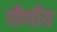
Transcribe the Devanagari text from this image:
गौणीय